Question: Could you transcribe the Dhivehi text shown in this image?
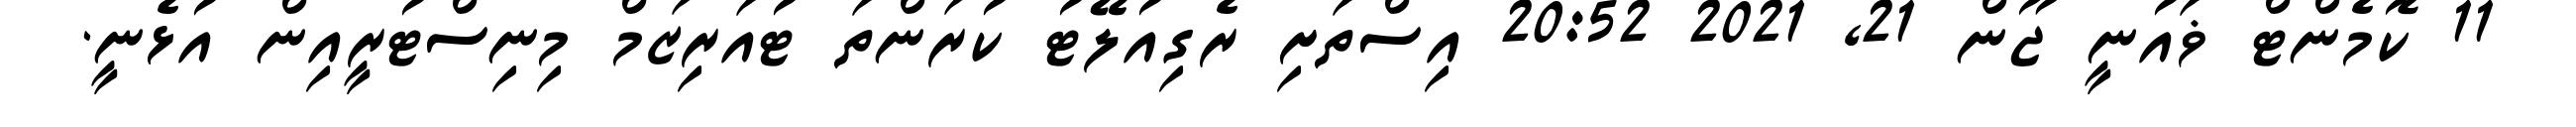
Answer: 11 ކޮމެންޓް ޥައުނީ ޖޫން 21, 2021 20:52 އިސްތަށި ރެގިއުލޭޓު ކުރަންތަ ޓުއަރިޒަމް މިނިސްޓުރީއިން އުޅެނީ.